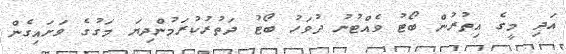
އަދި މީގެ އިތުރުން ބޯޓު ވެއްޓުނު ދުވަހު ބޯޓު ދަތުރުކުރަމުންދިޔަ މަގުގެ ވަށައިގެން